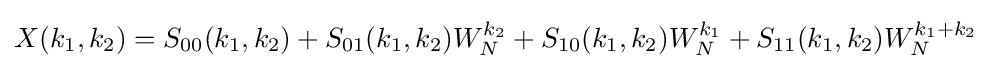
X(k_{1},k_{2})=S_{00}(k_{1},k_{2})+S_{01}(k_{1},k_{2})W_{N}^{k_{2}}+S_{10}(k_{1},k_{2})W_{N}^{k_{1}}+S_{11}(k_{1},k_{2})W_{N}^{k_{1}+k_{2}}